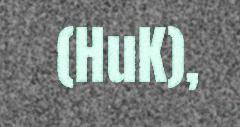
(HuK),